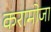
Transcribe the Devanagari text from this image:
करामोजा